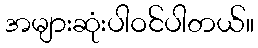
အများဆုံးပါဝင်ပါတယ်။